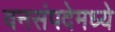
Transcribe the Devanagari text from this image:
वनसंपदेमध्ये